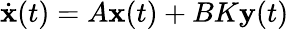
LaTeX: {\dot{\mathbf{x}}}(t)=A\mathbf{x}(t)+BK\mathbf{y}(t)